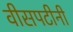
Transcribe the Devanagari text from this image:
वीसपटीनी